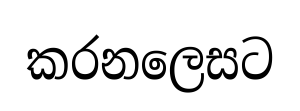
කරනලෙසට